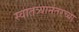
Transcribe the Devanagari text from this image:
स्वातत्र्यानंतरच्या